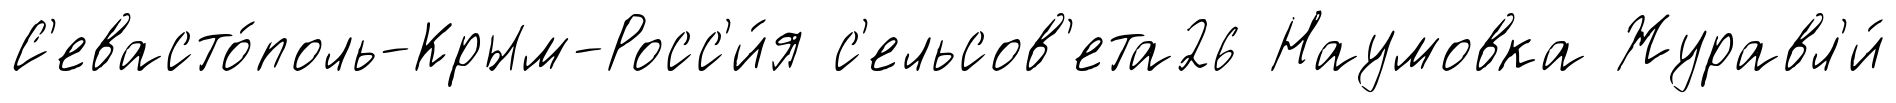
С'евасто́поль-Крым-Росс'и́я с'ельсов'ета26 Наумовка Журавл'и́